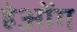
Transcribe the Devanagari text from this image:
हेओंग